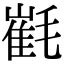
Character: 𣯯